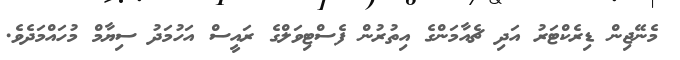
މެނޭޖިން ޑިރެކްޓަރު އަދި ޗެއާމަންގެ އިތުރުން ފެސްޓިވަލްގެ ރައީސް އަހުމަދު ސިޔާމް މުހައްމަދެވެ.